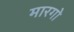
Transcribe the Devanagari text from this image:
मारगो